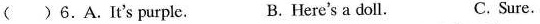
( )6.A.It's purple. B. Here's a doll. C. Sure.